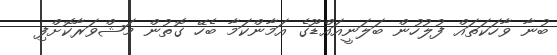
ބުނާ ވާހަކަތައް ފުުލުހުން ބަލަނީއައްޑޫގެ އަމާންކަމާ ބެހޭ ގޮތުން މަޝްވަރާކޮށްފި